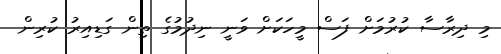
މި ދިރާސާ ކުރުމަށް ފަސް މީހަކަށް ވަނީ ނިދުމުގެ ތިން ގަޑިއިރު ކުރިން